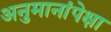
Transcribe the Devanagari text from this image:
अनुमानांपेक्षा